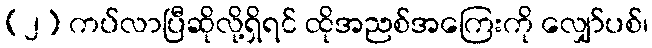
(၂) ကပ်လာပြီဆိုလို့ရှိရင် ထိုအညစ်အကြေးကို လျှော်ပစ်၊